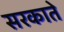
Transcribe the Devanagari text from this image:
सरकाते